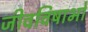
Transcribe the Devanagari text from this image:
जीवविषाभों